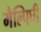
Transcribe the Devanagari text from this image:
मैल्पिघी